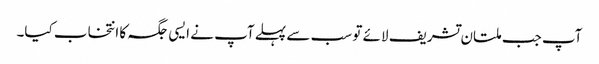
آپ جب ملتان تشریف لائے تو سب سے پہلے آپ نے ایسی جگہ کا انتخاب کیا۔